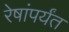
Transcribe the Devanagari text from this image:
रेषांपर्यंत